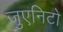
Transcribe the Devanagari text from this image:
जुएनिटो